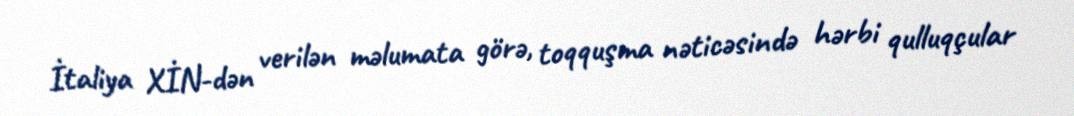
İtaliya XİN-dən verilən məlumata görə, toqquşma nəticəsində hərbi qulluqçular